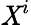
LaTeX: \mathit{X}^{i}